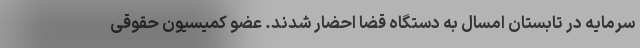
سرمایه در تابستان امسال به دستگاه قضا احضار شدند. عضو کمیسیون حقوقی